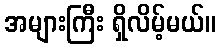
အများကြီး ရှိလိမ့်မယ်။